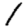
Digit: 1